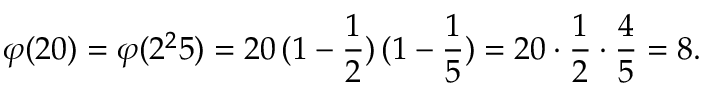
\varphi ( 2 0 ) = \varphi ( 2 ^ { 2 } 5 ) = 2 0 \, ( 1 - { \frac { 1 } { 2 } } ) \, ( 1 - { \frac { 1 } { 5 } } ) = 2 0 \cdot { \frac { 1 } { 2 } } \cdot { \frac { 4 } { 5 } } = 8 .